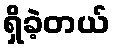
ရှိခဲ့တယ်